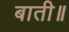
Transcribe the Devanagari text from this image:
बाती॥